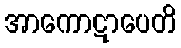
အာကောဋာပေတိ